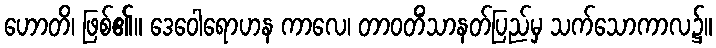
ဟောတိ၊ ဖြစ်၏။ ဒေဝေါရောဟန ကာလေ၊ တာဝတိံသာနတ်ပြည်မှ သက်သောကာလ၌။